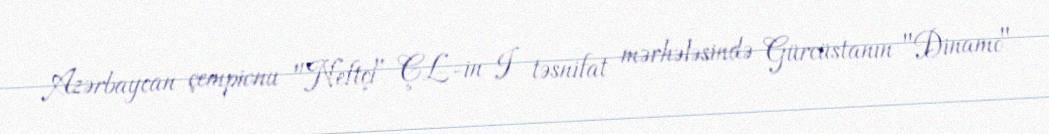
Azərbaycan çempionu "Neftçi" ÇL-in I təsnifat mərhələsində Gürcüstanın "Dinamo"